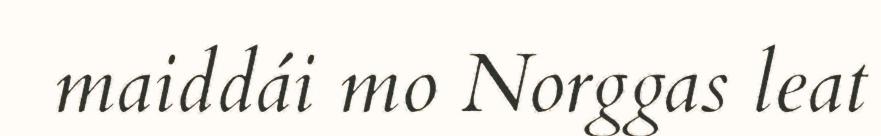
maiddái mo Norggas leat